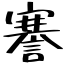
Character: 謇